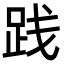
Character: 践